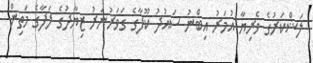
ލަޝްކަރުގެ ވެރިޔާ އުމަރު އިބްނު ސައުދު ކޫފާގެ ގަވަރުނަރު ޒިޔާދުގެ ލަފާގެ މަތިން